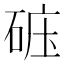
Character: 𥒹